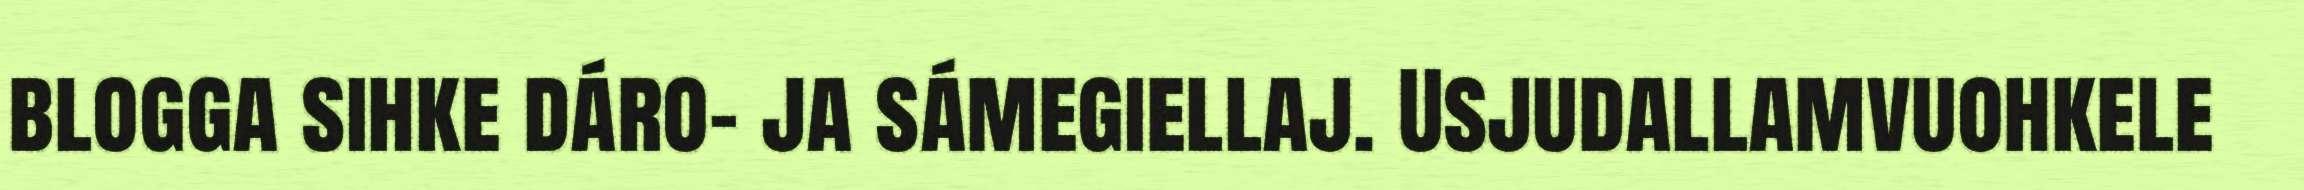
blogga sihke dáro- ja sámegiellaj. Usjudallamvuohkele